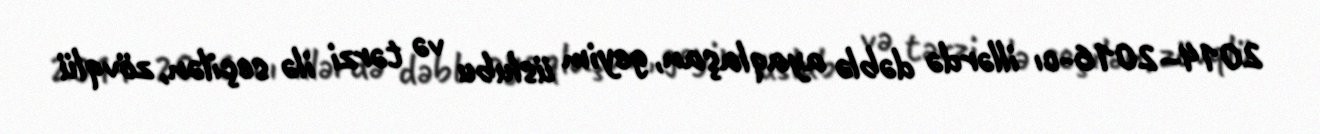
2014–2016-cı illərdə dəblə ayaqlaşan, geyim üslubu və tərzi ilə seçilən, zövqlü